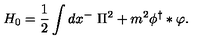
H _ { 0 } = \frac 1 2 \int d x ^ { - } \ \Pi ^ { 2 } + m ^ { 2 } \phi ^ { \dag } \ast \varphi .